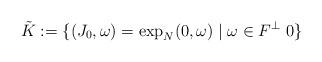
LaTeX: \begin{align*}\tilde K:=\{ (J_0,\omega)=\exp_N(0,\omega) \mid \omega\in F^\perp\ 0\}\end{align*}